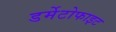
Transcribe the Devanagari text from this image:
डर्मेटोफाइट